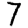
Digit: 7